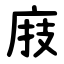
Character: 庪